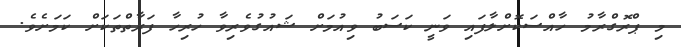
މި ޕްރޮގްރާމު ހާއްސަކޮށްލާފައި ވަނީ ކަސަބު ވިއުމަށް ޝައުގުވެރިވާ ހުރިހާ ފަރާތްތަކަށް ކަމަށެވެ.